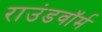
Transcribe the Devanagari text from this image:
राउंडवॉर्म